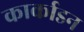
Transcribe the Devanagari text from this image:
कार्काडन